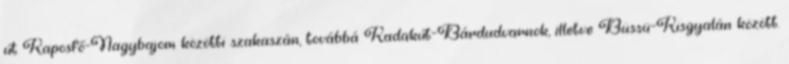
út Kaposfő-Nagybajom közötti szakaszán, továbbá Kadakút-Bárdudvarnok, illetve Büssü-Kisgyalán között.